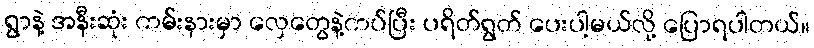
ရွာနဲ့ အနီးဆုံး ကမ်းနားမှာ လှေတွေနဲ့ကပ်ပြီး ပရိတ်ရွတ် ပေးပါ့မယ်လို့ ပြောရပါတယ်။